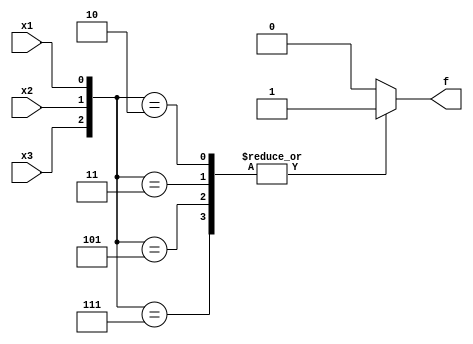
module top_module( 
    input x3,
    input x2,
    input x1,  // three inputs
    output reg f   // one output
);
    wire [2:0] X;
    
    assign X = {x3, x2, x1};
    always @(*) begin
        case(X)
            2, 3, 5, 7 : f = 1'b1;
            default: f = 1'b0;
        endcase
    end

endmodule